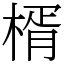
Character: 楈